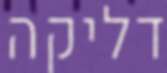
דליקה